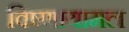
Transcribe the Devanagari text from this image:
विष्णायामल